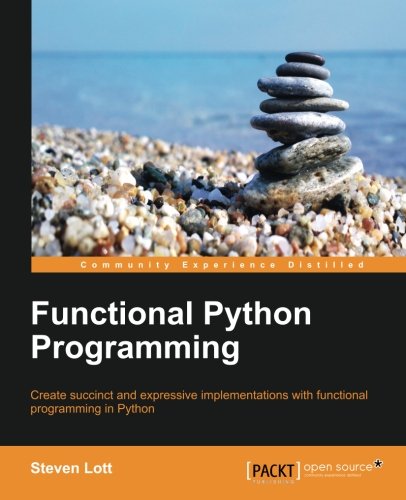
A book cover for Functional Python Programming; Steven Lott; Computers & Technology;